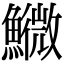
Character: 𩼌